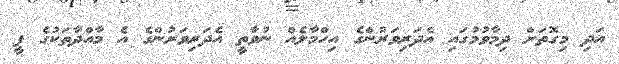
އަދި މިގޮތަށް ދިމާވުމުގައި އެދަރިވަރުންގެ އިހްމާލެއް ނުވާތީ އެދަރިވަރުންގެ އެ މާއްދާތަކުގެ ފީ